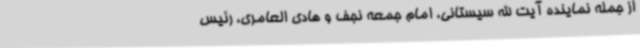
از جمله نماینده آیت الله سیستانی، امام جمعه نجف و هادی العامری، رئیس